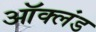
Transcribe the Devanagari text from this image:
ऑक्लंड